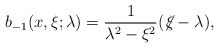
\begin{align*}b_{-1}(x,\xi;\lambda)=\frac{1}{\lambda^2-\xi^2}(\not\! \xi -\lambda),\end{align*}